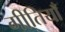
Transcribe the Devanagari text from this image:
गीतियाँ